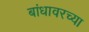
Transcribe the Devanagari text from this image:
बांधावरच्या